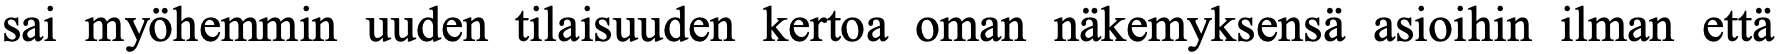
sai myöhemmin uuden tilaisuuden kertoa oman näkemyksensä asioihin ilman että